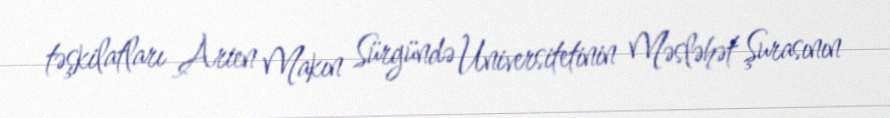
təşkilatları Arien Makın Sürgündə Universitetinin Məsləhət Şurasının